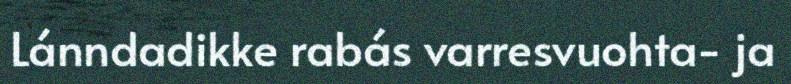
Lánndadikke rabás varresvuohta- ja